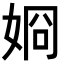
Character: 𡝆